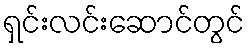
ရှင်းလင်းဆောင်တွင်